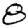
Digit: 8